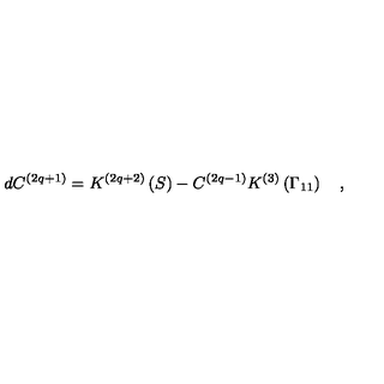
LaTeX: d C ^ { \left( 2 q + 1 \right) } = K ^ { \left( 2 q + 2 \right) } \left( S \right) - C ^ { \left( 2 q - 1 \right) } K ^ { \left( 3 \right) } \left( \Gamma _ { 1 1 } \right) \quad ,